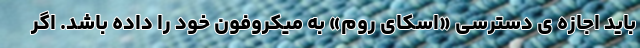
باید اجازه ی دسترسی «اسکای روم» به میکروفون خود را داده باشد. اگر